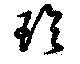
珍